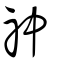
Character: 祌